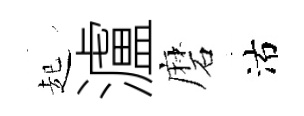
起瀘磨沽